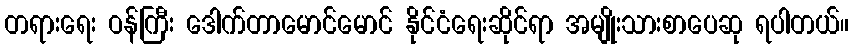
တရားရေး ဝန်ကြီး ဒေါက်တာမောင်မောင် နိုင်ငံရေးဆိုင်ရာ အမျိုးသားစာပေဆု ရပါတယ်။